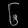
Digit: ၆